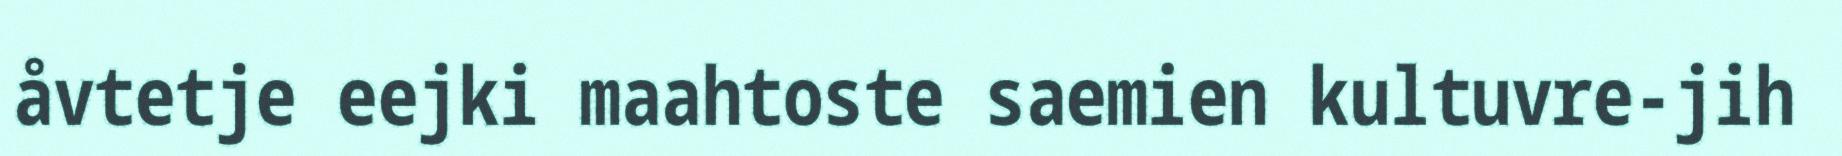
åvtetje eejki maahtoste saemien kultuvre-jih